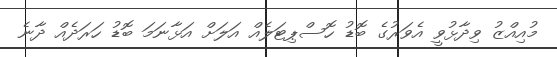
މުއިއްޒު ވިދާޅުވީ އެވަރުގެ ބޮޑު ހޮސްޕިޓަލެއް އަލަށް އަޅާނަމަ ބޮޑު ހަރަދެއް ދާނެ